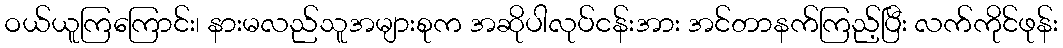
ဝယ်ယူကြကြောင်း၊ နားမလည်သူအများစုက အဆိုပါလုပ်ငန်းအား အင်တာနက်ကြည့်ပြီး လက်ကိုင်ဖုန်း